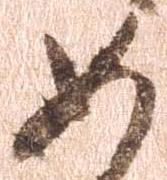
如